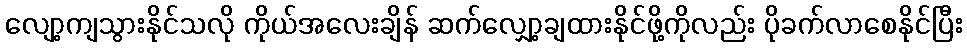
လျော့ကျသွားနိုင်သလို ကိုယ်အလေးချိန် ဆက်လျှော့ချထားနိုင်ဖို့ကိုလည်း ပိုခက်လာစေနိုင်ပြီး